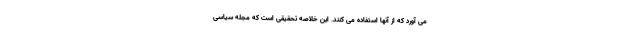
می آورد که از آنها استفاده می کنند. این خلاصه تحقیقی است که مجله سیاسی